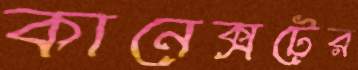
কানেক্সটের